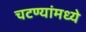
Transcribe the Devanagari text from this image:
चटण्यांमध्ये